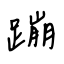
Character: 蹦